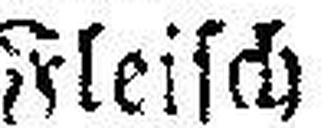
Fleisch